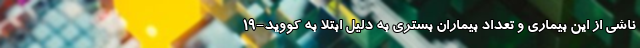
ناشی از این بیماری و تعداد بیماران بستری به دلیل ابتلا به کووید-۱۹